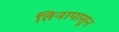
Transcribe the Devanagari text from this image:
तिनापासून